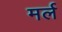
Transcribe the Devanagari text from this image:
मर्ल